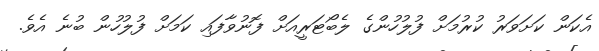
އެކަން ކަށަވަރު ކުރުމަށް ފުލުހުންގެ ލެބޯޓަރީއަށް ފޮނުވާފައި ކަމަށް ފުލުހުން ބުނެ އެވެ.